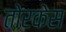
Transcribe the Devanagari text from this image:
तोरकेस